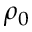
\rho _ { 0 }